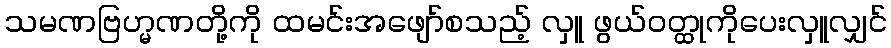
သမဏဗြဟ္မဏတို့ကို ထမင်းအဖျော်စသည့် လှူ ဖွယ်ဝတ္ထုကိုပေးလှူလျှင်